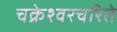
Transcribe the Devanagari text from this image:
चक्रेश्वरचरिते